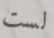
لست